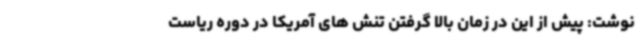
نوشت: پیش از این در زمان بالا گرفتن تنش های آمریکا در دوره ریاست